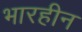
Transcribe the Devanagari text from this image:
भारहीन